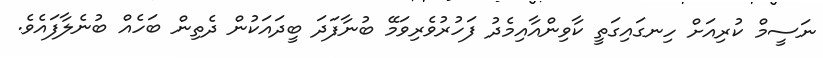
ނަސީމް ކުރިއަށް ހިނގައިގަތީ ކާވިންއާއިމެދު ފަހުރުވެރިވަމޭ ބުނާފަދަ ބީދައަކުން ދެތިން ބަހެއް ބުނެލާފައެވެ.